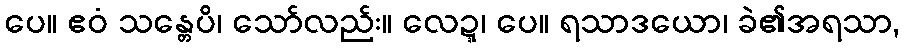
ပေ။ ဧဝံ သန္တေပိ၊ သော်လည်း။ လေဍ္ဍ၊ ပေ။ ရသာဒယော၊ ခဲ၏အရသာ,